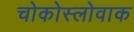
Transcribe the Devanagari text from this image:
चोकोस्लोवाक